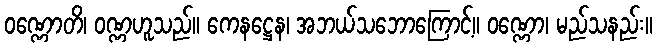
ဝဏ္ဏောတိ၊ ဝဏ္ဏဟူသည်။ ကေနဋ္ဌေန၊ အဘယ်သဘောကြောင့်။ ဝဏ္ဏော၊ မည်သနည်း။